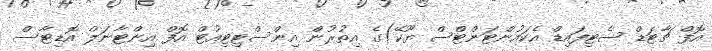
އޮފް ޗާޓަޑް ސެޓިފައިޑް އެކައުންޓަންޓްސް ޔޫކޭ)ގެ އިތުރުން އިންސްޓިޓިއުޓް އޮފް އިންޓާނަލް އޮޑިޓާސް